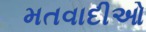
મતવાદીઓ